Vital statistics of India. Vol. VI, European troops 1870-79
Year: 1870
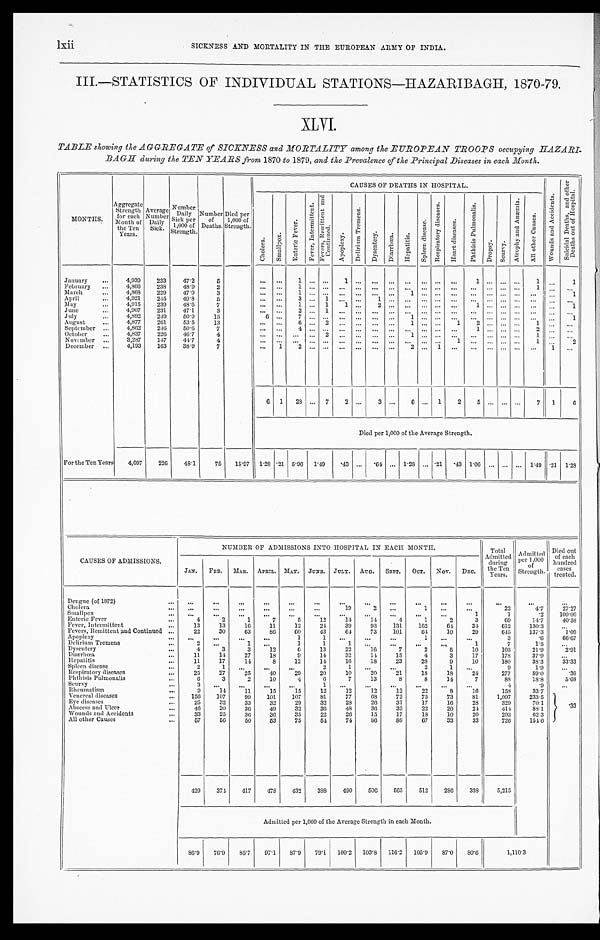
l x i i S I C K N E S S A N D M O R T A L I T Y I N T H E E U R O P E A N A R M Y O F I N D I A .
III.—STATISTICS OF INDIVIDUAL STATIONS—HAZARIBAGH, 1870-79.
XLVI.
TABLE showing the AGGREGATE of SICKNESS and MORTALITY among the EUROPEAN TROOPS occupying HAZARI
-
BAGH during the TEN YEARS from 1870 to 1879, and the Prevalence of the Principal Diseases in each Month.
MONTHS.
Aggregate
Strength
for each
Month of
the Ten
Years.
Average
Number
Daily
Sick.
Number
Daily
S i c k p e r
1 , 0 0 0 o f
Strength.
Number
of Deaths.
D i e d p e r 1 , 0 0 0 o f
Strength.
CAUSES OF DEATHS IN HOSPITAL.
W o u n d s a n d A c c i d e n t s .
S u i c i d a l D e a t h s , a n d o t h e r
D e a t h s o u t o f H o s p i t a l .
C h o l e r a .
S m a l l p o x .
E n t e r i c F e v e r .
F e v e r , I n t e r m i t t e n t .
F e v e r s , R e m i t t e n t a n d
C o n t i n u e d .
A p o p l e x y .
D e l i r i u m T r e m e n s .
D y s e n t e r y .
D i a r r h œ a .
H e p a t i t i s .
S p l e e n d i s e a s e .
R e s p i r a t o r y d i s e a s e s .
H e a r t d i s e a s e s .
P h t h i s i s P u l m o n a l i s .
D r o p s y .
S c u r v y .
A t r o p h y a n d A n æ m i a .
A l l o t h e r C a u s e s .
January ...
4,939
233
47.2
5
... ...
1
. . . . . .
1
. . . . . .
. . .
... ... ... ...
1
. . . . . .
. . .
1 ...
1
February ...
4,866
238
48.9
2
. . . . . . 1
. . . . . . . . .
. . . . . .
. . . . . . . . . . . . . . . . . .
. . . . . .
. . .
1 . . . . . .
March
...
4,868
229
47.0
3
... . . .
1 . . . . . . . . .
. . . . . .
. . . 1 . . . . . . . . . . . .
. . . . . .
. . . ... ...
1
April
...
4,921
245
49. 8
5
... ...
3 . . .
1 . . .
. . .
1
. . . . . . . . . . . . . . . . . .
. . . . . .
. . .
. . . . . . . . .
May
. . .
4,915
239
48.6
7
... ...
1 ... 1
1 ...
2
. . . . . . . . . . . . . . .
1 . . . . . .
. . .
. . . . . .
1
June
...
4,907
231
47.1
3
... ...
2 . . .
1 . . .
. . . . . .
. . . . . . . . . . . .
... ... ... ... ... ... ... ...
July
...
4,892
2 4 9
50. 9
15
6 ... 7
. . . . . . . . .
. . . . . .
. . . 1 . . . . . . . . . . . .
. . . . . .
. . .
. . . . . .
1
August . . .
4, 877
261
53.5
13
... ... 6
. . . 2 . . .
. . . . . .
. . . 1 . . . . . . 1 2
. . . . . .
. . .
1 . . . . . .
September ...
4,862
2 4 6
50. 6
7
... ... 4
. . . . . . . . .
. . . . . .
. . . . . . . . . . . . . . . 1
. . . . . .
. . .
2 . . . . . .
October
...
4,837
226
46.7
4
. . .
. . . . . .
. . . 2 . . .
. . . . . .
. . . 1 . . . . . . . . . . . .
. . .
... ... 1 . . . . . .
November
...
3,287
147
4 4 . 7
4
... . . .
... ... ... ... ... ... ... ... ... . . . 1
... ... ... ...
1 . . .
2
December ...
4,193
163
38.9
7
... 1
2
. . . . . . . . .
. . . . . . . . .
2 ... 1 ... ... ... ... ... ... 1 . . .
6 1 28 ... 7 2
. . . 3 . . .
6 ... 1 2 5
. . . . . .
. . .
7 1
6
Died per 1,000 of the Average Strength.
For the Ten Years 4 , 6 9 7
226
48.1
75 15.97 1.28 .21 5.96 1 . 4 9
.43 ... .64 ... 1.28 ... .21 . 4 3
1 . 0 6
... ... ... 1 . 4 9 .21 1.28
CAUSES OF ADMISSIONS.
NUMBER OF ADMISSIONS INTO HOSPITAL IN EACH MONTH.
Total
Admitted
during
the Ten
years.
Admitted
per 1,000 of
Strength.
Died out
of each
hundred
eases
treated.
JAN
FEB. MAR. APRIL, MAY.
JUNE. JULY. AUG. S E P T .
OCT. NOV.
DEC.
Dengue (of 1872)
. . .
. . .
...
...
...
...
...
...
...
...
...
...
...
...
...
...
Cholera
. . .
. . .
...
...
...
...
...
1 9 2
. . .
1 ...
...
22
4. 7
27.27
Smallpox
. . .
. . .
...
. . .
...
...
...
...
...
...
...
...
1
1
.2 100. 00
Enteric Fever
. . .
4
2
1
7
5
12
14
14
4
1
2
3
69
1 4 . 7
40. 58
Fever, Intermittent
. . .
13
13
16
11
12
24
39
93
131
162
64
34
612
130. 3
...
Fevers, Remittent and Continued . . .
22
30
63
86
60
43
6 4
73
101
64
10
29
6 4 5
137. 3
1.09
Apoplexy
. . .
. . .
...
...
...
1
1
. . . ...
...
1 ...
...
3
. 6
66. 67
Delirium Tremens
. . . 2
. . .
1 ...
1
1
1
...
...
...
. . .
1
7
1.5
...
Dysentery
. . .
4
3
3
12
6
13
22
16
7
2
5
10
103
21.9
2 . 9 1
Diarrhœa
. . .
11
14
27
18
9
14
32
14
15
4
3
17
178
37. 9
...
Hepatitis
. . .
11
17
14
8
12
14
16
18
23
28
9
10
1 8 0
38. 3
33. 33
Spleen disease
. . .
2
1 ... . . .
. . .
2
1 ...
...
2
1 ...
9
1.9
...
Respiratory diseases
...
25
27
25
40
29
20
10
20
21
18
18
24
277
59.0
.36
Phthisis Pulmonalis
...
6
3
2
10
4
6
7
13
8
8
14
7
88
18. 8
5 . 6 8
Scurvy
...
3 ...
. . . . . .
. . .
1 ...
...
...
...
...
...
4
.9
...
Rheumatism
...
9
14
11
15
15
12
12
12
12
22
8
16
158
33. 7
.33
Venereal diseases
. . .
156 107
99
101
107
81
77
6 8
72
75
73
81
1,097
233. 5
Eye diseases
...
25
32
33
32
29
32
28
26
31
17
16
28
329
70.1
Abscess and Ulcer
...
46
30
36
49
32
36
48
36
35
22
20
24
414
88.1
Wounds and Accidents
. . .
33
25
36
36
35
22
26
15
17
18
10
20
293
62. 3
All other Causes
...
57
56
50
53
75
5 4
74
86
88
67
33
33
726
154.6
429
374
417
478
432
3 8 8
4 9 0
506
565
512
2 8 6
338
5,215
Admitted per 1,000 of the Average Strength in each Month.
86.9
76. 9
85. 7
97. 1
87. 9
79.1 100. 2 103. 8
116. 2
105. 9
87. 0
80.6
1, 110. 3